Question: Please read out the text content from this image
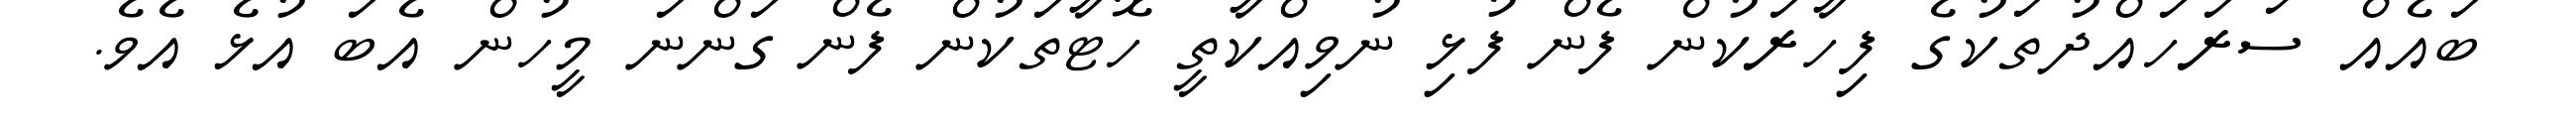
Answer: ބައެއް ސަރަހައްދުތަކުގެ ފިހާރަކުން ފެން ފުޅި ނުވިއްކާތީ ހޮޓާތަކުން ފެން ގަންނަ މީހުން އެބަ އުޅެ އެވެ.